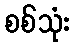
စစ်သုံး